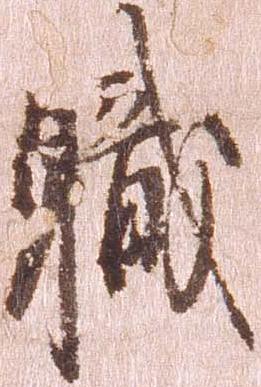
職